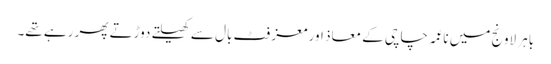
باہر لاونج میں ناعمہ چاچی کے معاذ اور معز فٹ بال سے کھیلتے دوڑتے پھر رہے تھے۔